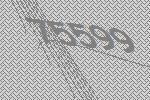
75599